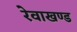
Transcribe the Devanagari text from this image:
रेवाखण्ड